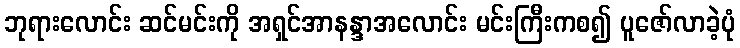
ဘုရားလောင်း ဆင်မင်းကို အရှင်အာနန္ဒာအလောင်း မင်းကြီးကစ၍ ပူဇော်လာခဲ့ပုံ